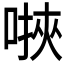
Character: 𫫄